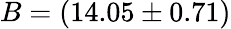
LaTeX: B=(14.05\pm 0.71)